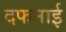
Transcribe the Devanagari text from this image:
दफनाई